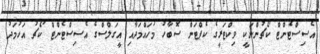
އެސިސްޓެންޓް ކޯޗުންނަކީ ވިކްޓަރީގެ ކެޕްޓަން ސޮބާހު މުހައްމަދާއި އީގަލްސްގެ އެސިސްޓެންޓް ކޯޗު އަހުމަދު